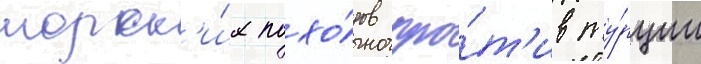
морск'и́х похо́дов про́т'ив ту́рции